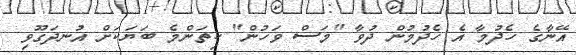
އޭނާގެ ހެދުމާ އެ ހެދުމުން ދުވާ "މަސް ވަހުން" ކިތަންމެ ބަޔަކަށް އުނދަގޫވި